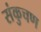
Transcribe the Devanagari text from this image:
संकुचण